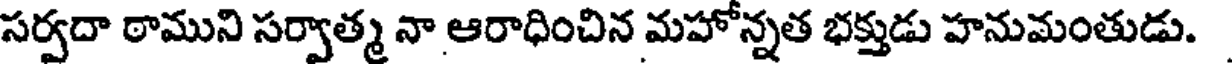
సర్వదా ఠాముని సర్వాత్మ నా ఆరాధించిన మహోన్నత భక్తుడు హనుమంతుడు.